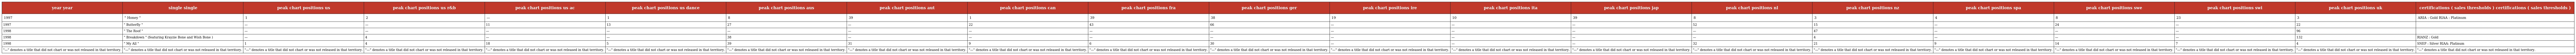
| year year | single single | peak chart positions us | peak chart positions us r&b | peak chart positions us ac | peak chart positions us dance | peak chart positions aus | peak chart positions aut | peak chart positions can | peak chart positions fra | peak chart positions ger | peak chart positions ire | peak chart positions ita | peak chart positions jap | peak chart positions nl | peak chart positions nz | peak chart positions spa | peak chart positions swe | peak chart positions swi | peak chart positions uk | certifications ( sales thresholds ) certifications ( sales thresholds ) |
 | --- | --- | --- | --- | --- | --- | --- | --- | --- | --- | --- | --- | --- | --- | --- | --- | --- | --- | --- | --- | --- |
 | 1997 | " Honey " | 1 | 2 | — | 1 | 8 | 39 | 1 | 39 | 38 | 19 | 10 | 39 | 8 | 3 | 4 | 8 | 23 | 3 | ARIA : Gold RIAA : Platinum |
 | 1997 | " Butterfly " | — | — | 11 | 13 | 27 | — | 22 | 43 | 66 | — | — | — | 52 | 15 | — | 24 | — | 22 |  |
 | 1998 | " The Roof " | — | — | — | — | — | — | — | — | — | — | — | — | — | 47 | — | — | — | 96 |  |
 | 1998 | " Breakdown " (featuring Krayzie Bone and Wish Bone ) | — | 4 | — | — | 38 | — | — | — | — | — | — | — | — | 4 | — | — | — | 132 | RIANZ : Gold |
 | 1998 | " My All " | 1 | 4 | 18 | 5 | 39 | 31 | 9 | 6 | 30 | — | — | — | 32 | 21 | 9 | 14 | 7 | 4 | SNEP : Silver RIAA: Platinum |
 | "—" denotes a title that did not chart or was not released in that territory. | "—" denotes a title that did not chart or was not released in that territory. | "—" denotes a title that did not chart or was not released in that territory. | "—" denotes a title that did not chart or was not released in that territory. | "—" denotes a title that did not chart or was not released in that territory. | "—" denotes a title that did not chart or was not released in that territory. | "—" denotes a title that did not chart or was not released in that territory. | "—" denotes a title that did not chart or was not released in that territory. | "—" denotes a title that did not chart or was not released in that territory. | "—" denotes a title that did not chart or was not released in that territory. | "—" denotes a title that did not chart or was not released in that territory. | "—" denotes a title that did not chart or was not released in that territory. | "—" denotes a title that did not chart or was not released in that territory. | "—" denotes a title that did not chart or was not released in that territory. | "—" denotes a title that did not chart or was not released in that territory. | "—" denotes a title that did not chart or was not released in that territory. | "—" denotes a title that did not chart or was not released in that territory. | "—" denotes a title that did not chart or was not released in that territory. | "—" denotes a title that did not chart or was not released in that territory. | "—" denotes a title that did not chart or was not released in that territory. | "—" denotes a title that did not chart or was not released in that territory. |